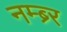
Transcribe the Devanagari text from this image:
नम्ब्र्‍र